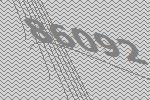
86092